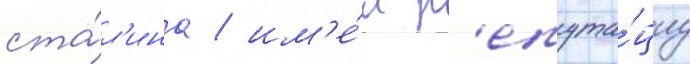
ста́л'ина / им'е́л р'епута́циу